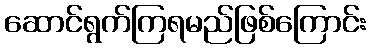
ဆောင်ရွက်ကြရမည်ဖြစ်ကြောင်း